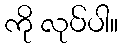
ကို လုပ်ပါ။